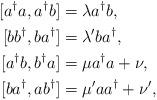
LaTeX: \begin{align*} [a^{\dagger}a,a^{\dagger}b] &= \lambda a^{\dagger}b, \\ [bb^{\dagger},ba^{\dagger}] &= \lambda' ba^{\dagger}, \\ [a^{\dagger}b,b^{\dagger}a] &= \mu a^{\dagger}a + \nu, \\ [ba^{\dagger},ab^{\dagger}] &= \mu'aa^{\dagger} + \nu',\end{align*}